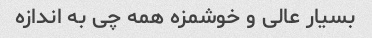
بسیار عالی و خوشمزه همه چی به اندازه